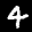
Label: 4